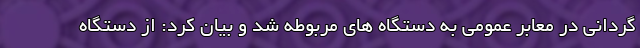
گردانی در معابر عمومی به دستگاه های مربوطه شد و بیان کرد: از دستگاه